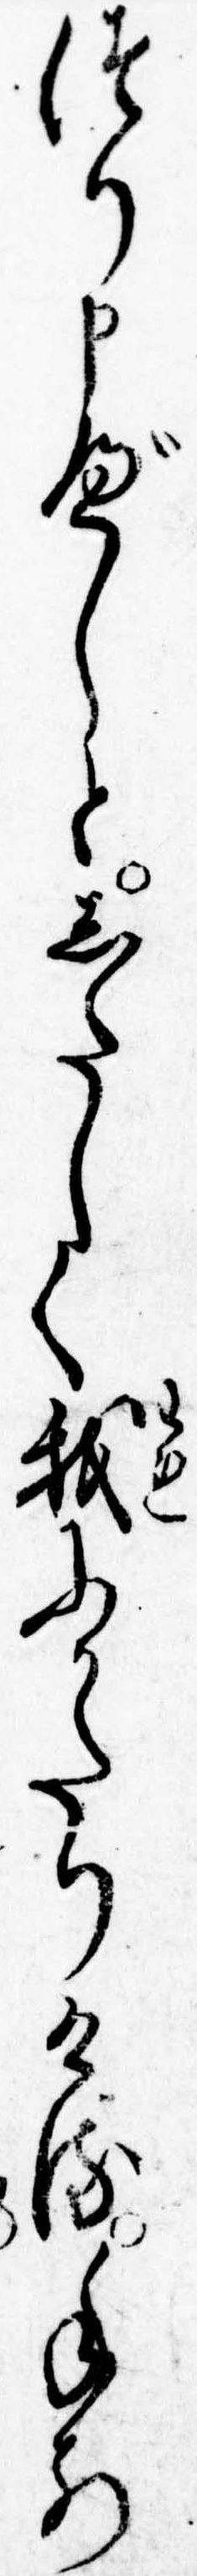
つり申べしとしたしく我にかたりける手前